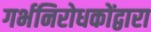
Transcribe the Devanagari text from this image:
गर्भनिरोधकोंद्वारा